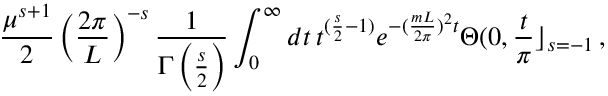
\frac { \mu ^ { s + 1 } } { 2 } \left( \frac { 2 \pi } { L } \right) ^ { - s } \frac { 1 } { \Gamma \left( \frac { s } { 2 } \right) } \int _ { 0 } ^ { \infty } d t \, t ^ { ( \frac { s } { 2 } - 1 ) } e ^ { - ( \frac { m L } { 2 \pi } ) ^ { 2 } t } \Theta ( 0 , \frac { t } { \pi } \rfloor _ { s = - 1 } \, ,